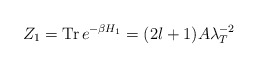
\begin{align*}Z_1 = {\rm Tr}\, e^{-\beta H_1} = (2l+1) A \lambda^{-2}_T \end{align*}